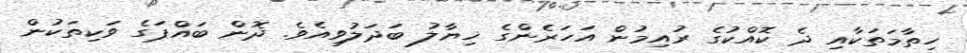
ހިތާމަތަކާއި ދެ ކޮއްކުގެ ރުއިމުން އަހަރެންގެ ޚިޔާލު ބަދަލުވިއެވެ. ދޮން ބައްޕަގެ ވަކިތަކުން